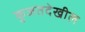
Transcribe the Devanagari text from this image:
कुजतदेखील